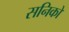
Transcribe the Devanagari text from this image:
सनिको